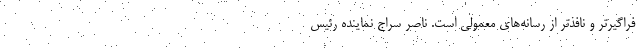
فراگیرتر و نافذتر از رسانه‌های معمولی است. ناصر سراج نماینده رئیس